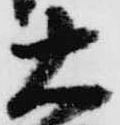
大